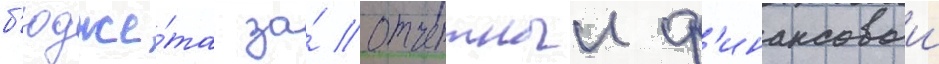
б'юдже́та за́ отчетныи ф'инансовыи